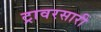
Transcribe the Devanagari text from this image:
ट्रावरसारी